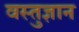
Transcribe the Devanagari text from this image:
वस्तुज्ञान